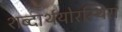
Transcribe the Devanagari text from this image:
शब्दार्थयोरस्थिरा